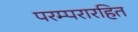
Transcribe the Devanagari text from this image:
परम्परारहित